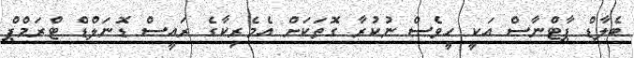
ބެލާޑް ޕާޓްނާސް އަކީ ހީވެސް ނުކުރާ ގޮތަކަށް އެމެރިކާގެ ރައީސް ޑޮނަލްޑް ޓްރަމްޕް